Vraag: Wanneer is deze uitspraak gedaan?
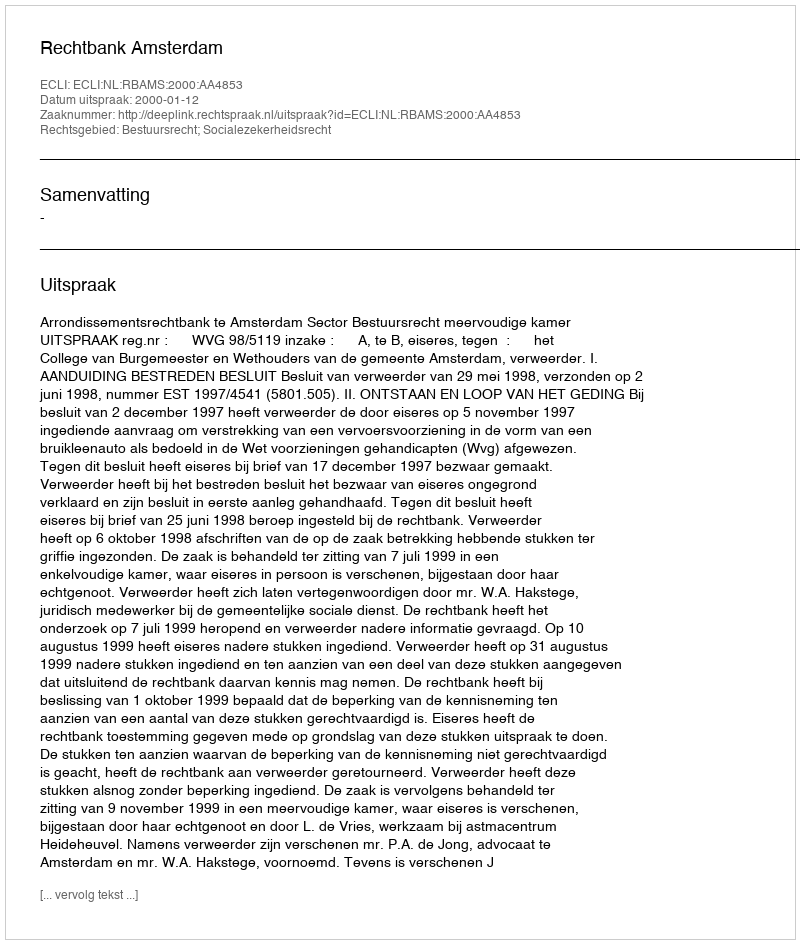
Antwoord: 2000-01-12